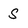
Character: S